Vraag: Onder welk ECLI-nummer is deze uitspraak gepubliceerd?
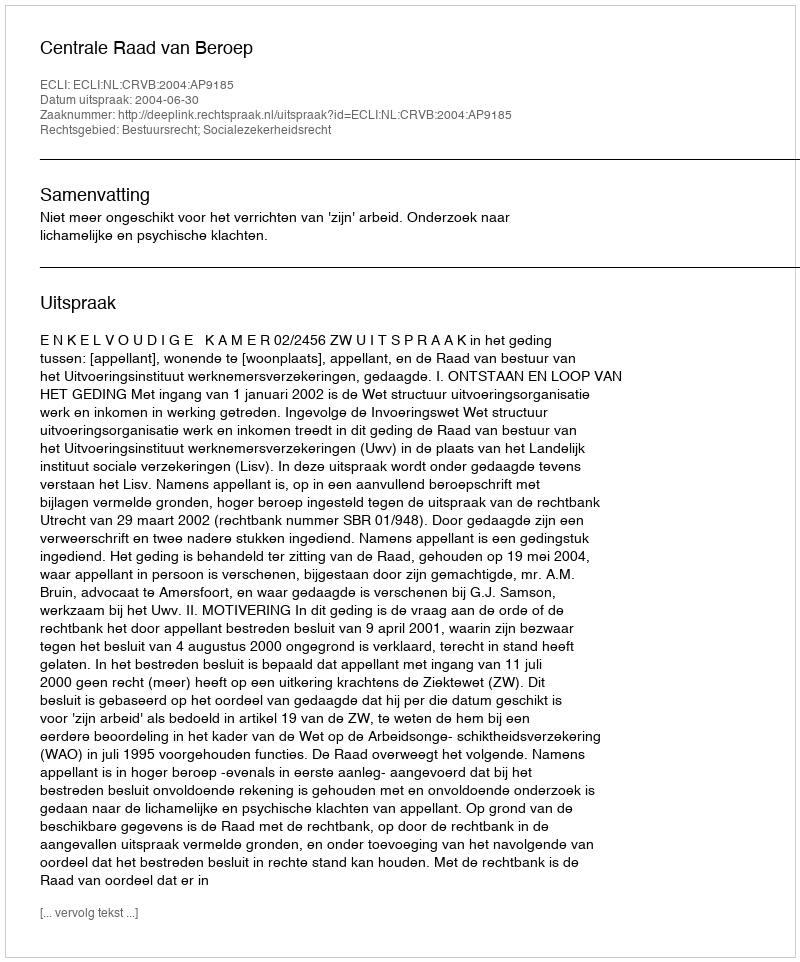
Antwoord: ECLI:NL:CRVB:2004:AP9185